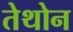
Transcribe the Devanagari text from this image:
तेथोन